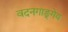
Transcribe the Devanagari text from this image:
वदनगाङ्गेय